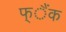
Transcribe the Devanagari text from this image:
फ्ैंक